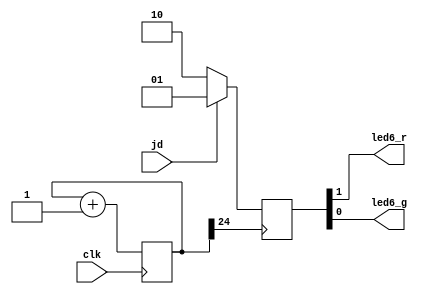
`timescale 1ns / 1ps
//////////////////////////////////////////////////////////////////////////////////
// Company: 
// Engineer: 
// 
// Design Name: 
// Module Name: sensor
// Project Name: 
// Target Devices: 
// Tool Versions: 
// Description: 
// 
// Dependencies: 
// 
// Revision:
// Revision 0.01 - File Created
// Additional Comments:
// 
//////////////////////////////////////////////////////////////////////////////////


module sensor(
    input jd,
    input clk,
    output led6_r,led6_g
    );
    reg [24:0] count = 0;
    reg [1:0] light;
    always @(posedge clk)   count <= count + 1;
    always @(posedge count[24])
    begin
        if(jd)
            light=2'b01;
        else light=2'b10;
    end
    assign {led6_r,led6_g}=light;
endmodule